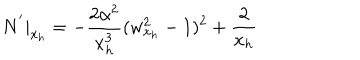
N ^ { ' } | _ { x _ { h } } = - \frac { 2 \alpha ^ { 2 } } { x _ { h } ^ { 3 } } ( w _ { x _ { h } } ^ { 2 } - 1 ) ^ { 2 } + \frac { 2 } { x _ { h } }